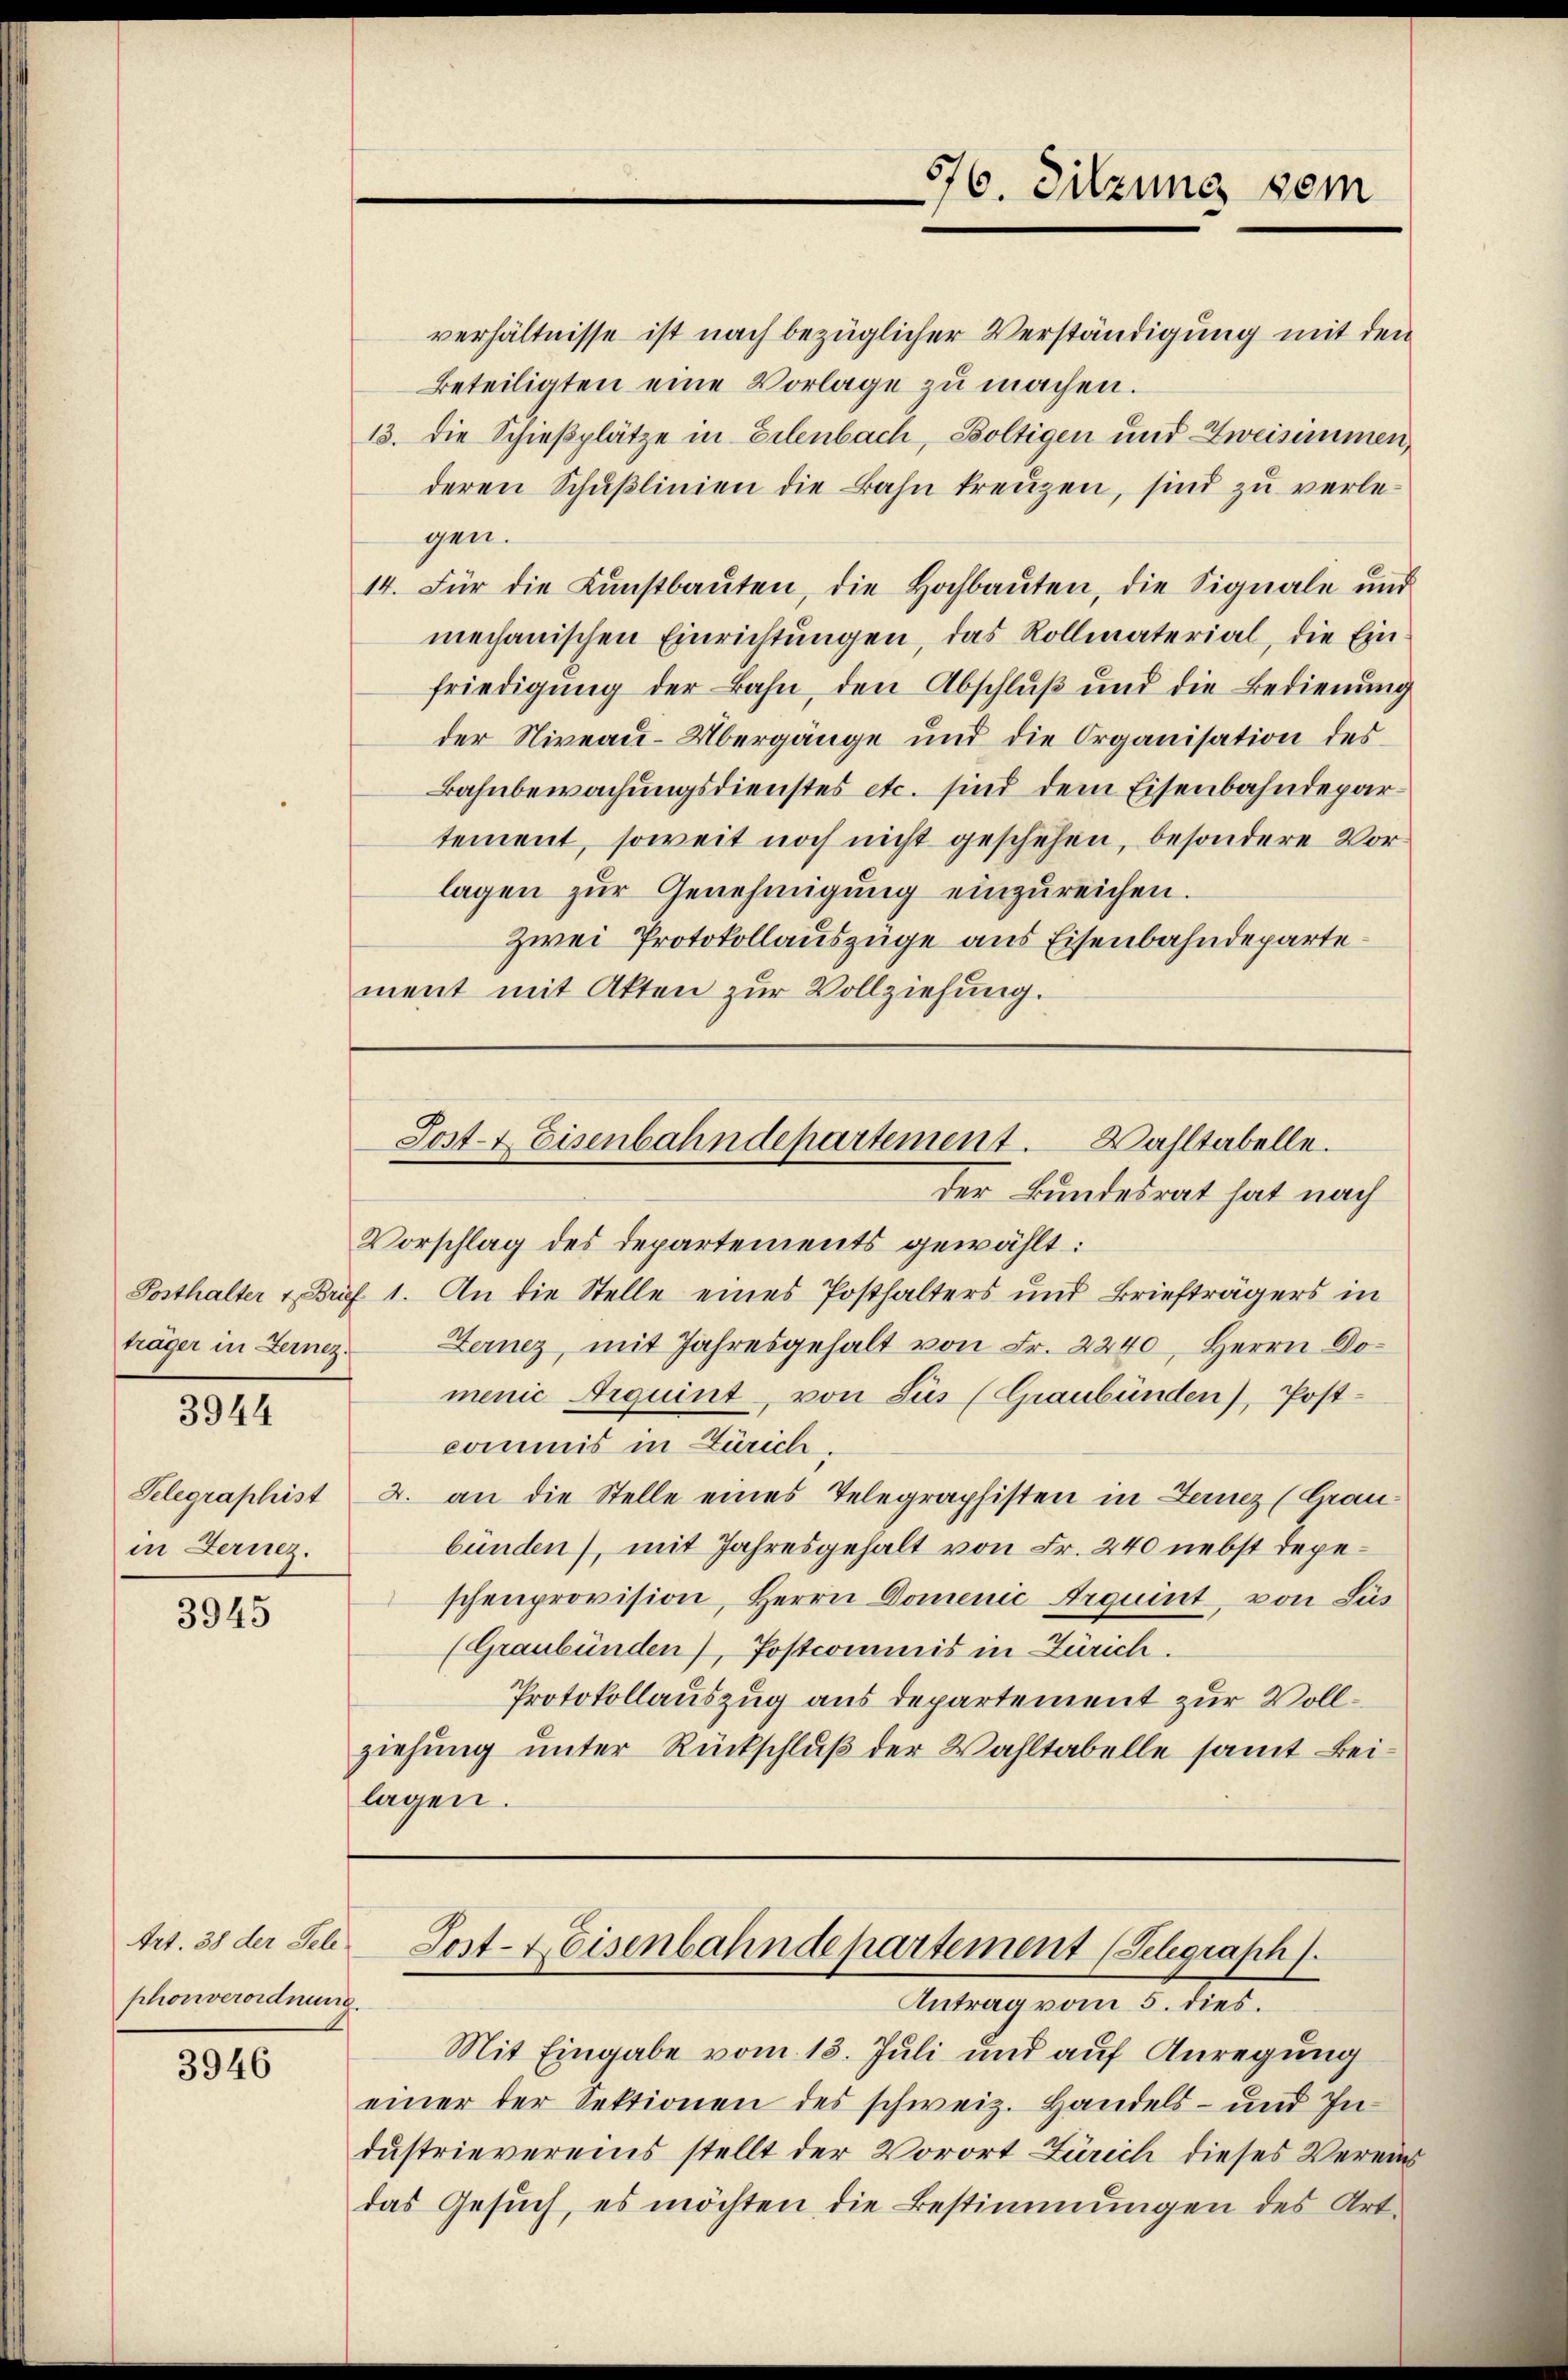
3944

in Fernez.

3945

Art. 38 der Tele
phonverordnung.

3946

verhältnisse ist nach bezüglicher Verständigung mit den
Beteiligten eine Vorlage zu machen.
13. Die Schießplätze in Erlenbach, Boltigen und Zweisimmen,
deren Schußlinien die Bahn kreuzen, sind zu verlegen.
14. Für die Kunstbaŭten, die Hochbaŭten, die Signale und
mechanischen Einrichtŭngen, das Rollmaterial, die Ein-
friedigung der Bahn, den Abschluß und die Bedienung
der Niveau-Übergänge und die Organisation des
Bahnbewachungsdienstes etc. sind dem Eisenbahndepartement, soweit noch nicht geschehen, besondere Vorlagen zur Genehmigung einzureichen.
zwei Protokollauszüge aus Eisenbahndepartement mit Akten zur Vollziehung.

56. Silzung dem

Post- & Eisenbahndepartement. Wahltabelle.
der Bundesrat hat nach

Vorschlag des Departements gewählt:
Posthalter & Brief 1. An die Stelle eines Posthalters und Briefträgers in
träger in Fernez. Fernez, mit Jahresgehalt von Fr. 2240, Herrn Do-
menić Arquint, von Sus (Graubünden), Post-
commis in Zürich,
Gelegraphist u. an die Stelle eines Telegraphisten in Lenz (Graubünden), mit Jahresgehalt von Fr. 240 nebst depeschenprovision, Herrn Domenić Irquint, von Lus
(Graubünden), Postcommis in Zürich.
Protokollauszug aus departement zur Vollziehung unter Rückschluß der Wahltabelle samt Beilagen.

Post-Heisenbahndepartement (Schgraph
Antrag vom 5. dies.

Mit Eingabe vom 13. Juli und auf Anregung
einer der Sektionen des schweiz. Handels- und In-
dustrievereins stellt der Vorort Zürich dieses Vereins
das Gesuch, es möchten die Bestimmungen des Art.